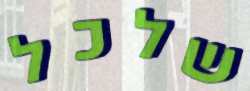
שלכל